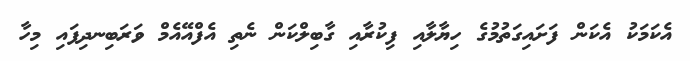
އެކަމަކު އެކަން ފަށައިގަތުމުގެ ހިޔާލާއި ފިކުރާއި ގާބިލްކަން ނެތި އެފްއޭއެމް ވަރަބިނދިފައި މިހާ